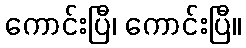
ကောင်းပြီ၊ ကောင်းပြီ။